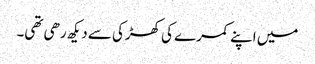
میں اپنے کمرے کی کھڑکی سے دیکھ رھی تھی۔